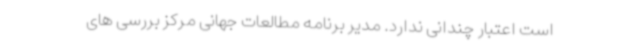
است اعتبار چندانی ندارد. مدیر برنامه مطالعات جهانی مرکز بررسی های